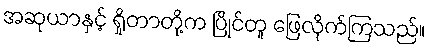
အဆုယာနှင့် ရှိုတာတို့က ပြိုင်တူ ဖြေလိုက်ကြသည်။